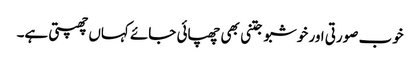
خوب صورتی اور خوشبو جتنی بھی چھپائی جائے کہاں چھپتی ہے۔